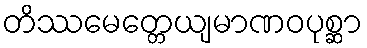
တိဿမေတ္တေယျမာဏဝပုစ္ဆာ